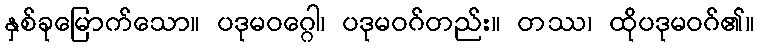
နှစ်ခုမြောက်သော။ ပဒုမဝဂ္ဂေါ၊ ပဒုမဝဂ်တည်း။ တဿ၊ ထိုပဒုမဝဂ်၏။